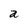
Character: a